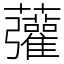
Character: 虇